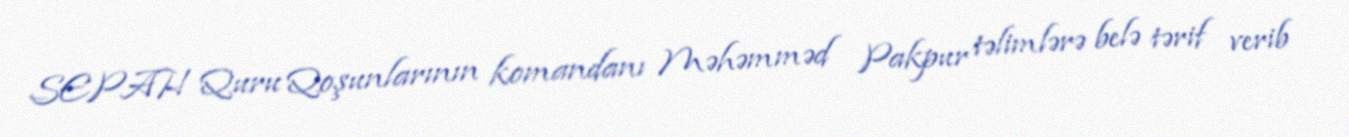
SEPAH Quru Qoşunlarının komandanı Məhəmməd Pakpur təlimlərə belə tərif verib